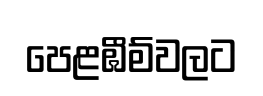
පෙළඹීම්වලට